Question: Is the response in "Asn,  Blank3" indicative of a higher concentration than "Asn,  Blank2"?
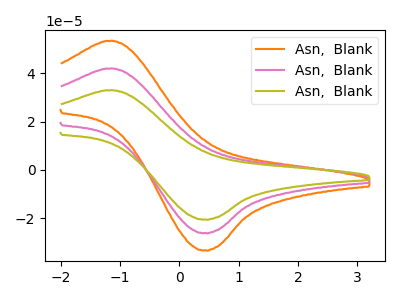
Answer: <think>The orange curve "Asn,  Blank1" has an anodic peak at (-1.20V, 84.05uA) and a cathodic peak at (0.45V, -52.35uA). The pink curve "Asn,  Blank2" has an anodic peak at (-1.20V, 42.00uA) and a cathodic peak at (0.45V, -26.20uA). The olive curve "Asn,  Blank3" has an anodic peak at (-1.20V, 33.00uA) and a cathodic peak at (0.45V, -20.55uA).
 All the peaks in "Asn,  Blank3" have a peak in "Asn,  Blank2" at the same potential. Every peak in "Asn,  Blank3" is lower than every peak in "Asn,  Blank2".</think>
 <answer>"Asn,  Blank3" has less signal than "Asn,  Blank2".</answer>
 <eval>less_signal</eval>